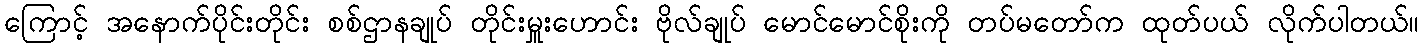
ကြောင့် အနောက်ပိုင်းတိုင်း စစ်ဌာနချုပ် တိုင်းမှူးဟောင်း ဗိုလ်ချုပ် မောင်မောင်စိုးကို တပ်မတော်က ထုတ်ပယ် လိုက်ပါတယ်။